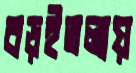
বড়ইতলায়